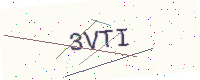
Text: 3VTI